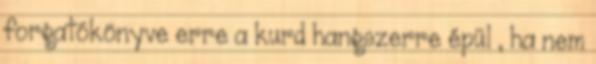
forgatókönyve erre a kurd hangszerre épül , ha nem